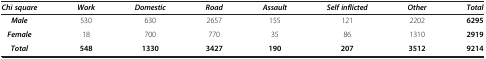
<table><thead><tr><td><b><i>Chi square</i></b></td><td><b><i>Work</i></b></td><td><b><i>Domestic</i></b></td><td><b><i>Road</i></b></td><td><b><i>Assault</i></b></td><td><b><i>Self inflicted</i></b></td><td><b><i>Other</i></b></td><td><b><i>Total</i></b></td></tr></thead><tbody><tr><td><b><i>Male</i></b></td><td>530</td><td>630</td><td>2657</td><td>155</td><td>121</td><td>2202</td><td><b>6295</b></td></tr><tr><td><b><i>Female</i></b></td><td>18</td><td>700</td><td>770</td><td>35</td><td>86</td><td>1310</td><td><b>2919</b></td></tr><tr><td><b><i>Total</i></b></td><td><b>548</b></td><td><b>1330</b></td><td><b>3427</b></td><td><b>190</b></td><td><b>207</b></td><td><b>3512</b></td><td><b>9214</b></td></tr></tbody></table>